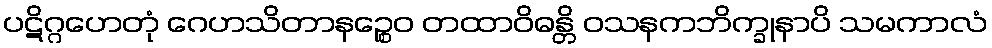
ပဋိဂ္ဂဟေတုံ ဂေဟသိတာနဉ္စေဝ တထာဝိဓန္တိ ဝသနကဘိက္ခုနာပိ သမကာလံ